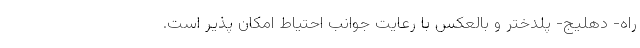
راه- دهلیج- پلدختر و بالعکس با رعایت جوانب احتیاط امکان پذیر است.